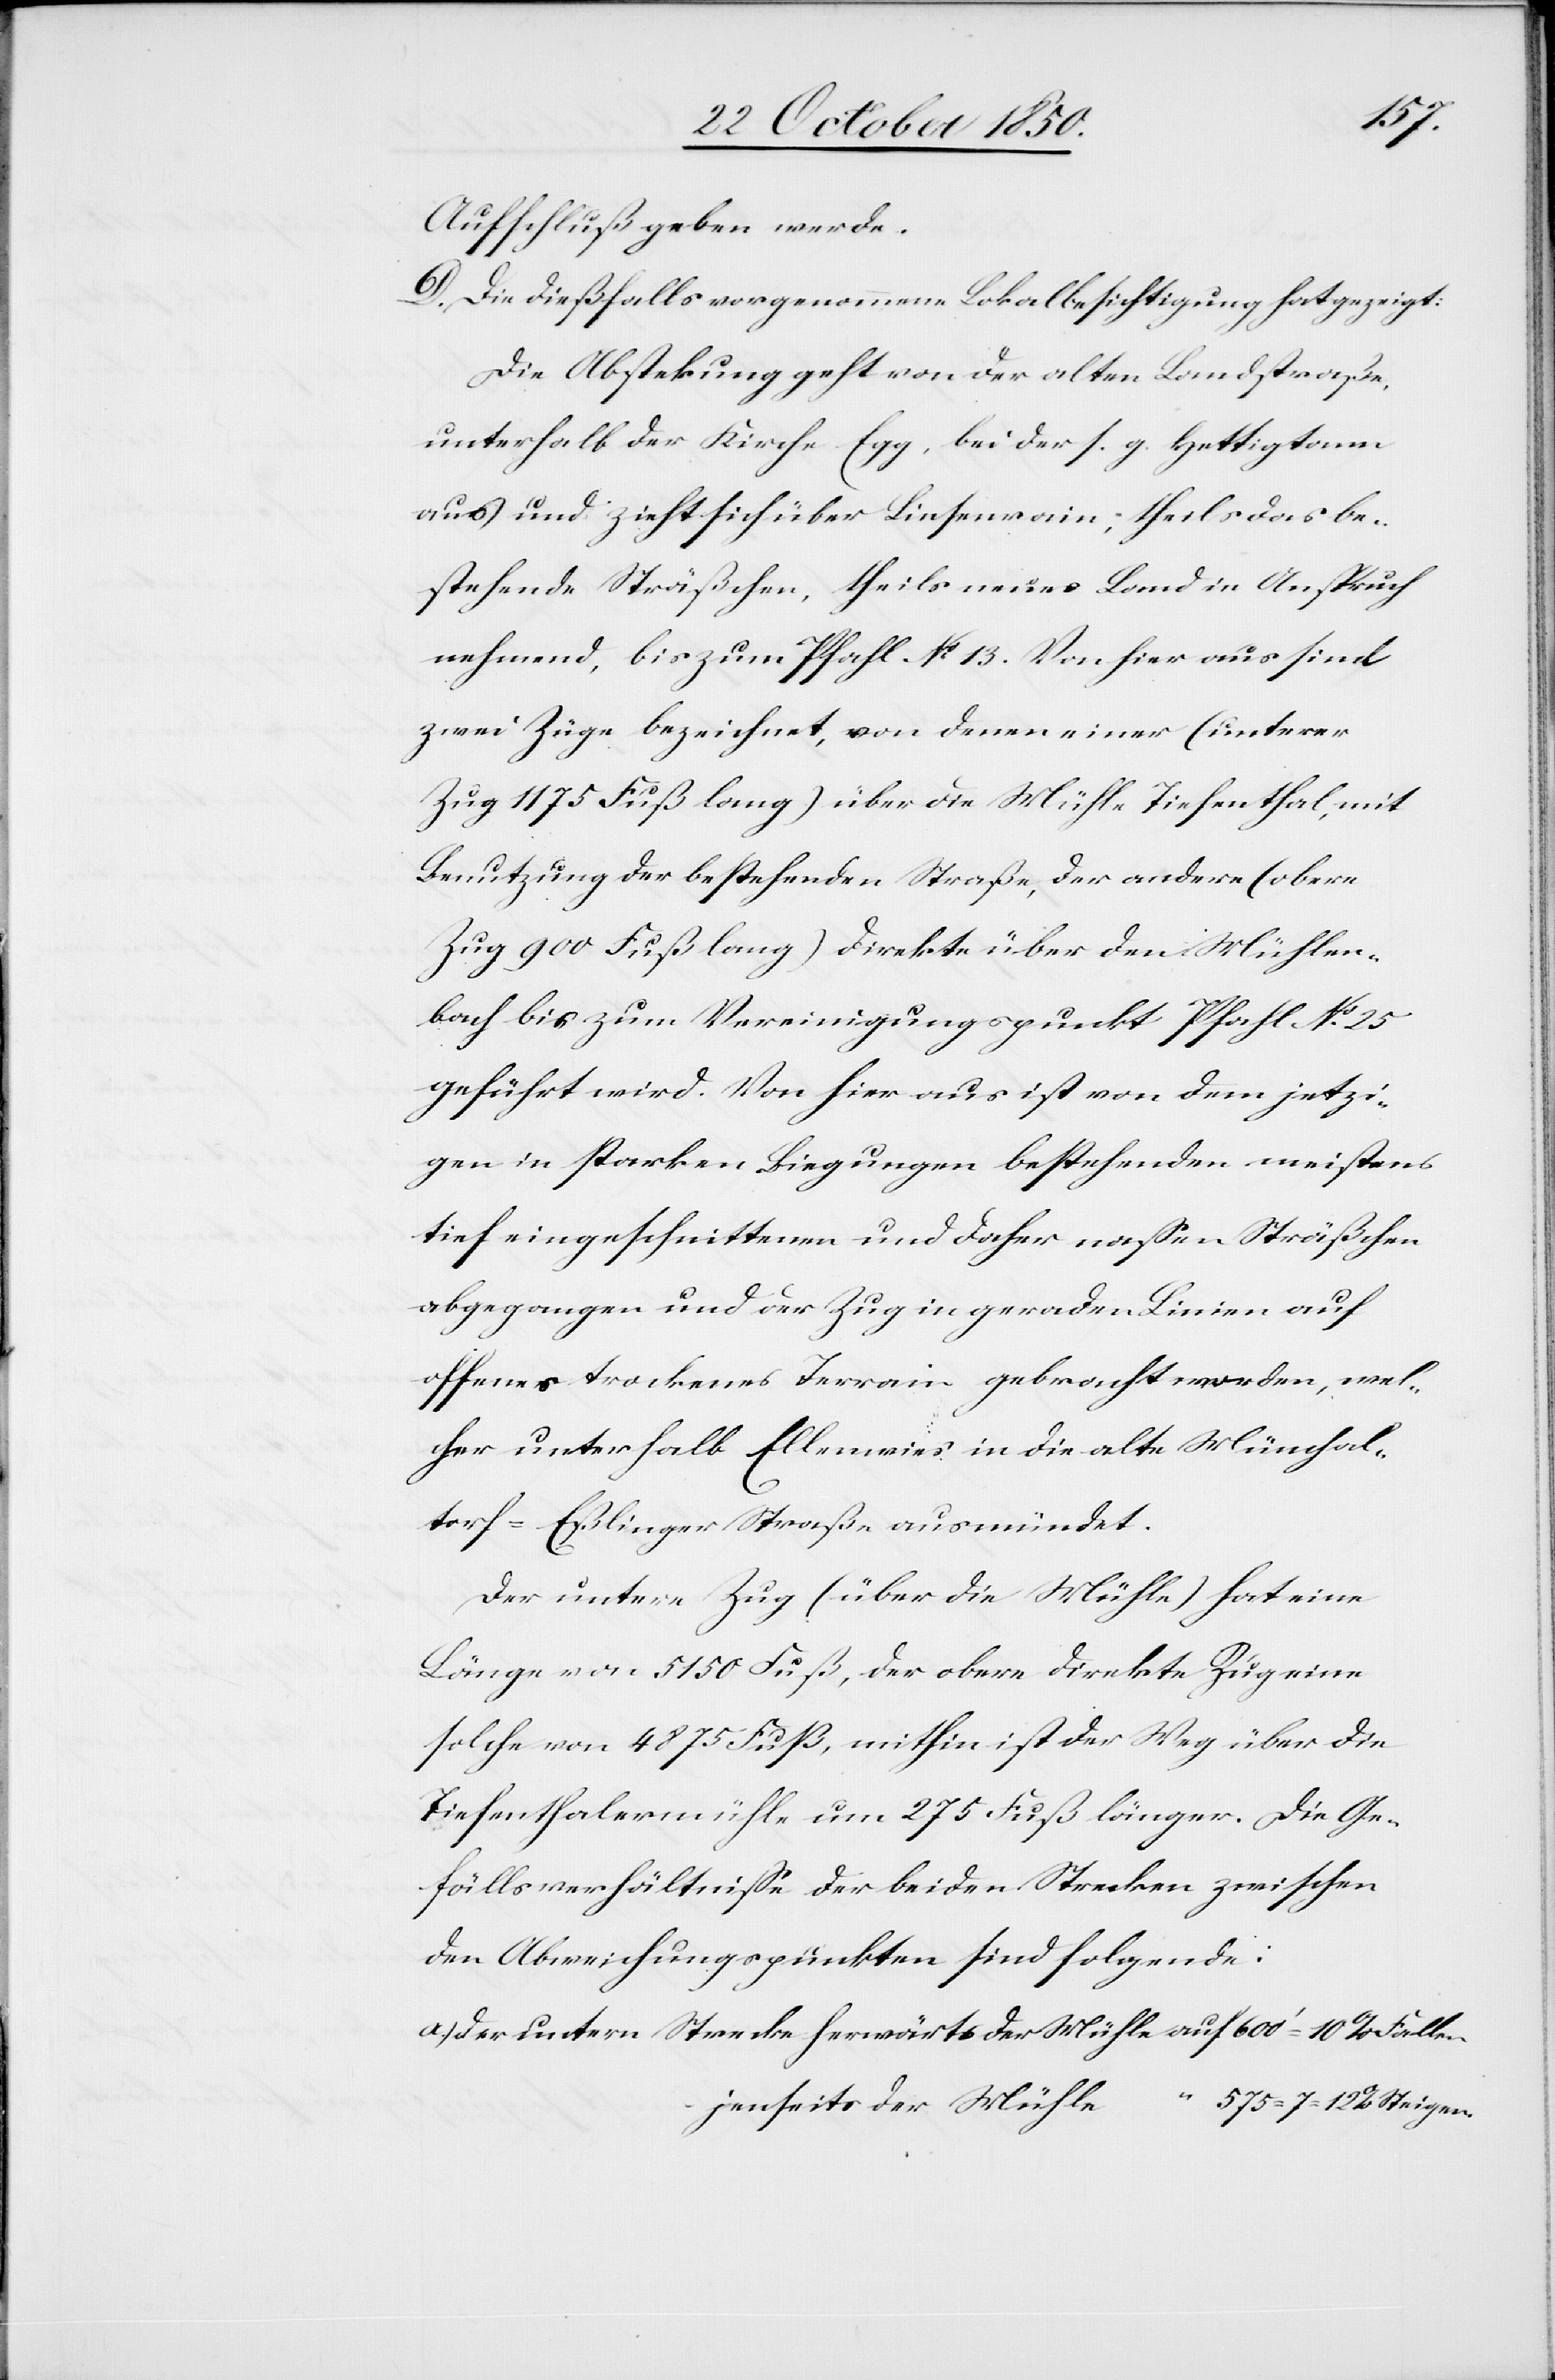
Aufschluß geben werde.
D. Die dießfalls vorgenommene Lokalbesichtigung hat gezeigt:
Die Abstekung geht von der alten Landstraße,
unterhalb der Kirche Egg, bei der s. g. Hettigtann
aus und zieht sich über Liesenrain, theils das be¬
stehende Sträßchen, theils neues Land in Anspruch
nehmend, bis zum Pfahl No 13. Von hier aus sind
zwei Züge bezeichnet, von denen einer (unterer
Zug 1175 Fuß lang) über die Mühle Tiefenthal, mit
Benutzung der bestehenden Straße, der andere (obere
Zug 900 Fuß lang) direkte über den Mühlen¬
bach bis zum Vereinigungspunkt Pfahl No 25
geführt wird. Von hier aus ist von dem jetzi¬
gen in starken Biegungen bestehenden meistens
tief eingeschnittenen und daher nassen Sträßchen
abgegangen und der Zug in geraden Linien auf
offenes trockenes Terrain gebracht worden, wel¬
cher unterhalb Ellenwies in die alte Münchal¬
torf-Eßlinger Straße ausmündet.
Der untere Zug (über die Mühle) hat eine
Tiefenthalermühle um 275 Fuß länger. Die Ge¬
fällsverhältnisse der beiden Strecken zwischen
den Abweichungspunkten sind folgende:
a.) der untern Strecke herwärts der Mühle		auf 	600‘ = 10 % Fallen
jenseits der Mühle		 “	575 = 7–12 % Steigen.